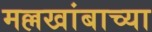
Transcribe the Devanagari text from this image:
मल्लखांबाच्या